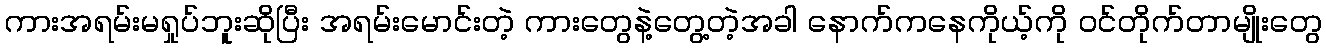
ကားအရမ်းမရှုပ်ဘူးဆိုပြီး အရမ်းမောင်းတဲ့ ကားတွေနဲ့တွေ့တဲ့အခါ နောက်ကနေကိုယ့်ကို ဝင်တိုက်တာမျိုးတွေ